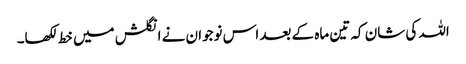
اللہ کی شان کہ تین ماہ کے بعد اس نوجوان نے انگلش میں خط لکھا۔